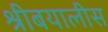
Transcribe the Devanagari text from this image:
श्रीबयालीस